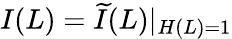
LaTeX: I(L)=\widetilde{I}(L)|_{H(L)=1}